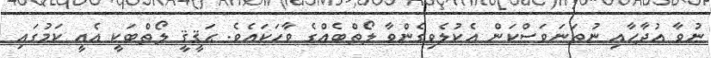
ނުވާ އުދާހާއި ނުތަނަވަސްކަން އެކުލެވިގެންވާ ލޯތްބެއްގެ ވާހަކައެވެ. ޙަޤީޤީ ލޯތްބަކީ އެއީ ކަމުގައި